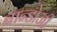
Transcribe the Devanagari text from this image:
बान्डोजी